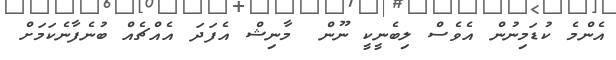
އެންމެ ކުޑަމިނުން އެވެސް ލިބެނީކީ ނޫން  މާނިޝް އެފަދަ އެއްޗެއް ބުނެފާނެކަމަށް